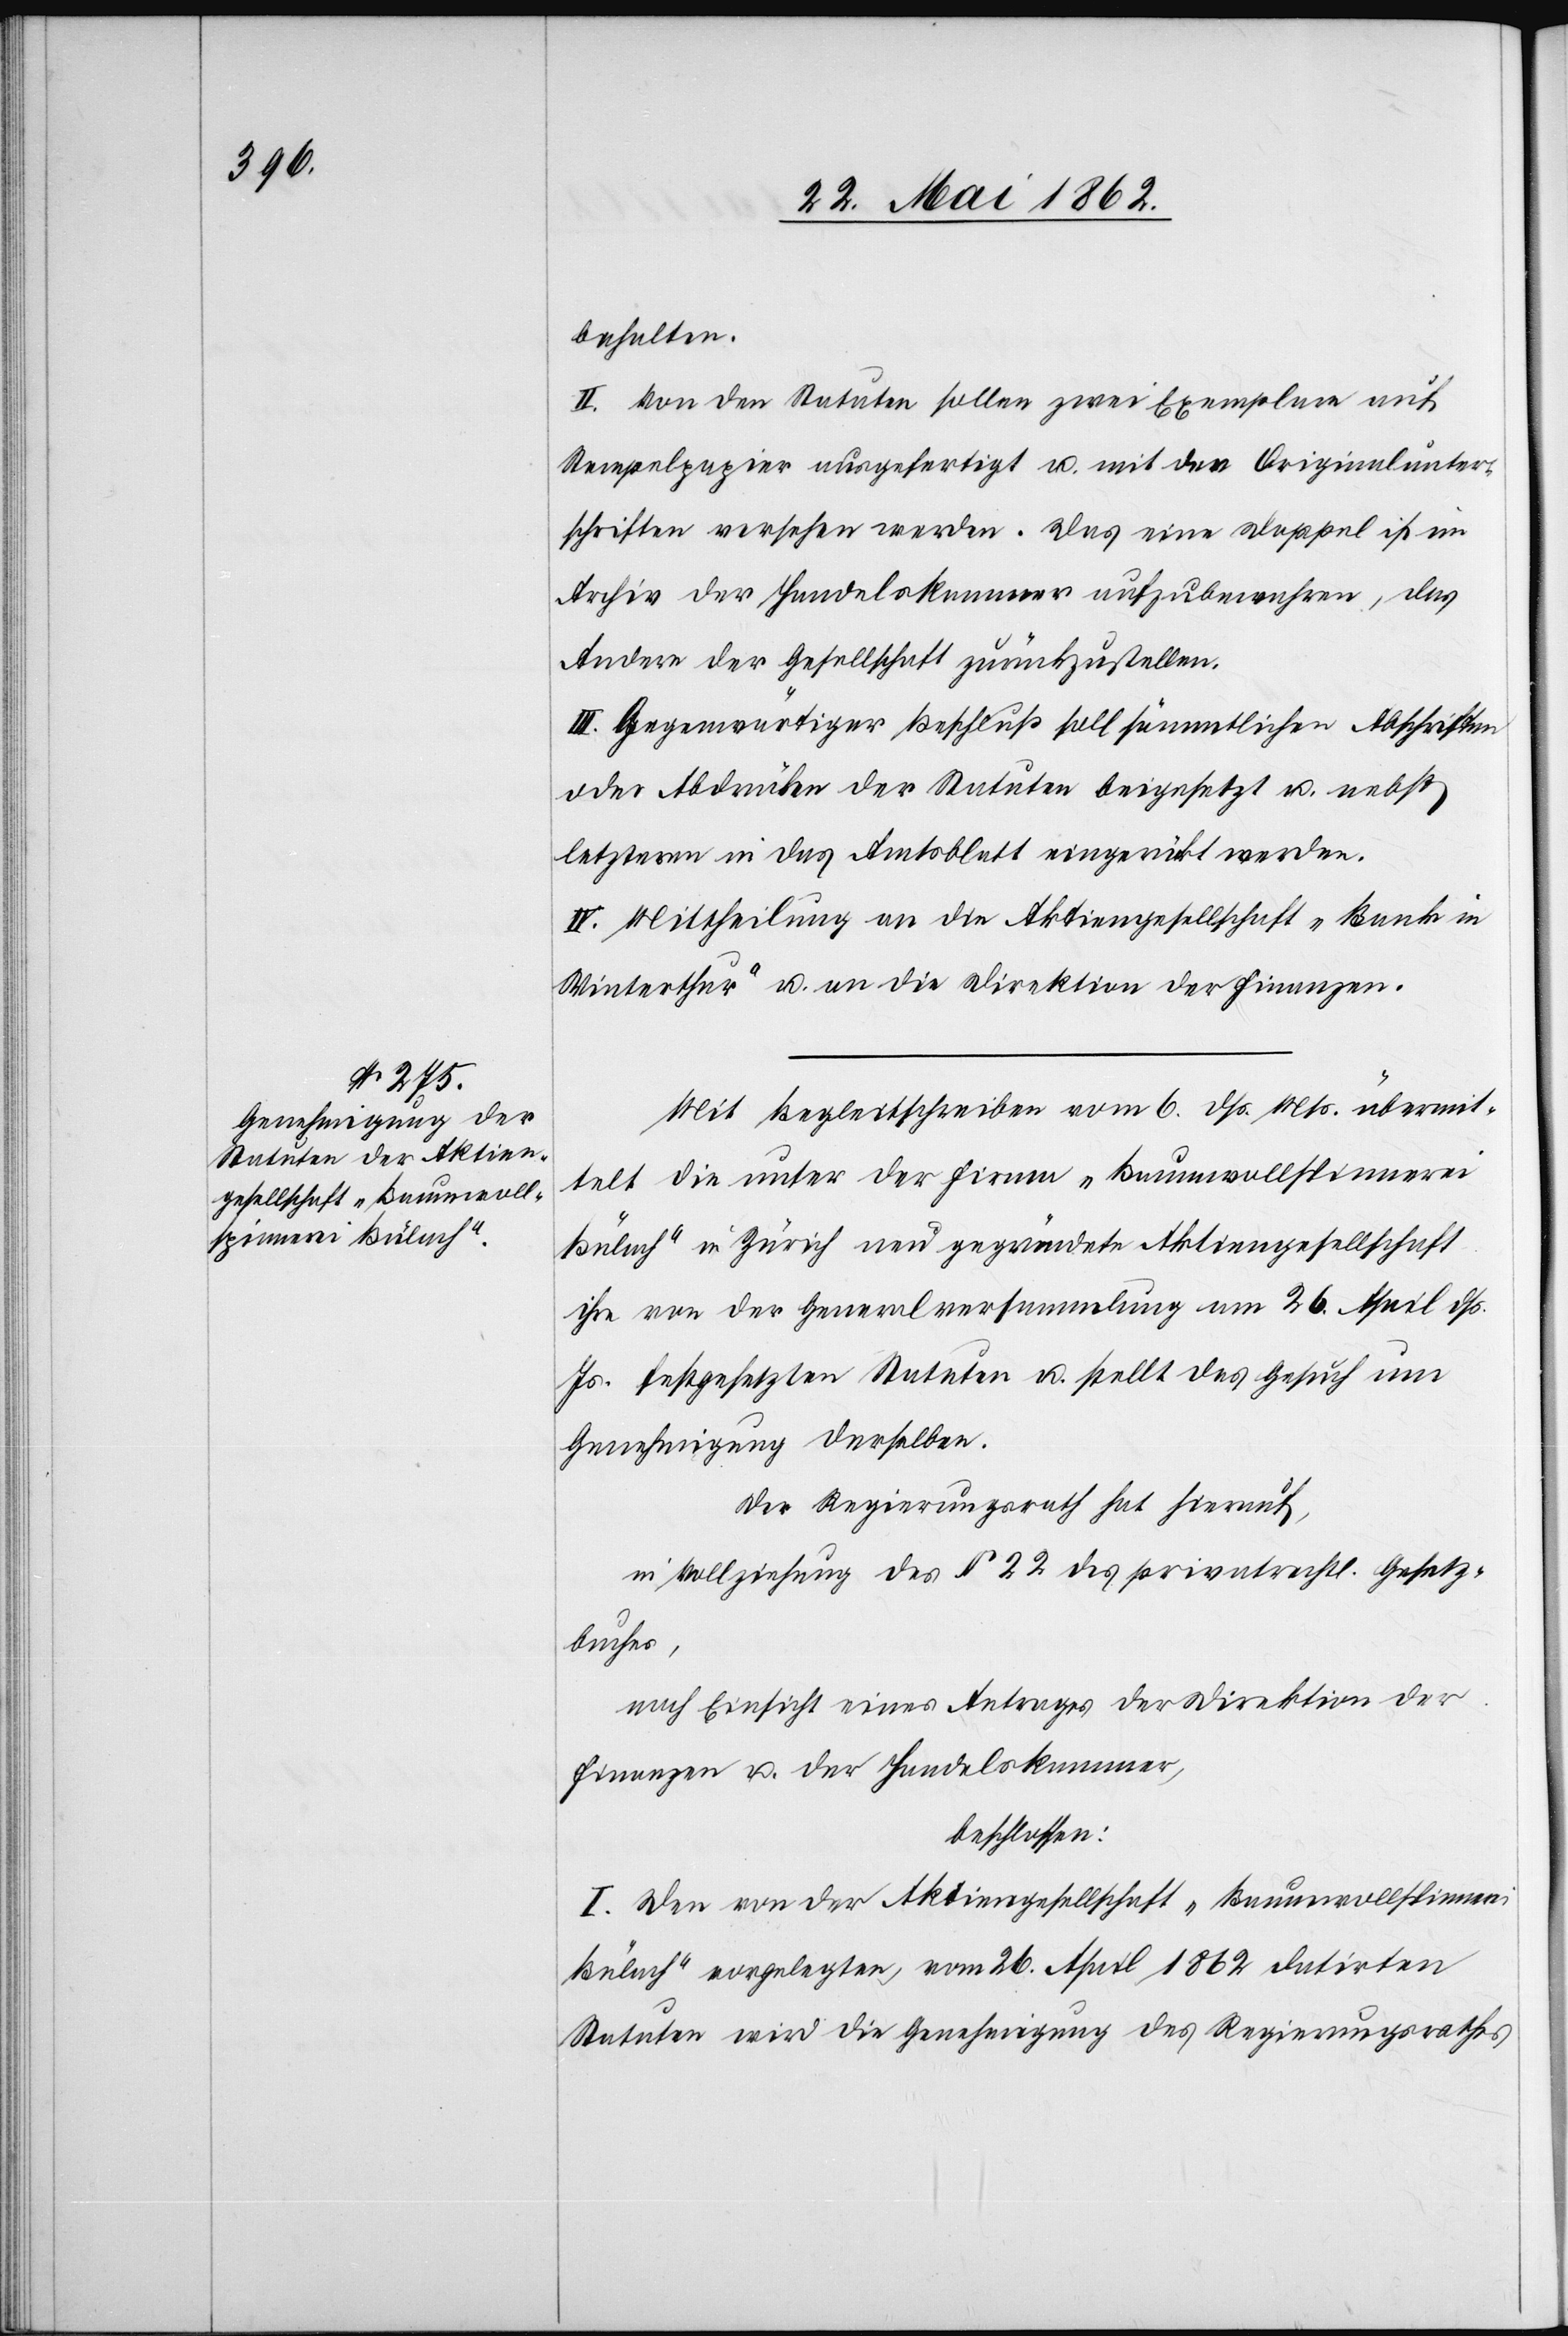
behalten.
II. Von den Statuten sollen zwei Exemplare auf
Stempelpapier ausgefertigt u. mit den Originalunter¬
schriften versehen werden. Das eine Doppel ist im
Archiv der Handelskammer aufzubewahren, das
Andere der Gesellschaft zurückzustellen.
III. Gegenwärtiger Beschluß soll sämmtlichen Abschriften
oder Abdrücken der Statuten beigesetzt u. nebst
letzteren in das Amtsblatt eingerückt werden.
IV. Mittheilung an die Aktiengesellschaft „Bank in
Winterthur“ u. an die Direktion der Finanzen.
Mit Kreisschreiben vom 6. dß. Mts. übermit¬
telt die unter der Firma „Baumwollspinnerei
Bülach“ in Zürich neu gegründete Aktiengesellschaft
ihre von der Generalversammlung am 26. April dß.
Js. festgesetzten Statuten u. stellt das Gesuch um
Genehmigung derselben.
Der Regierungsrath hat hierauf,
in Vollziehung des § 22 des privatrechtl. Gesetz¬
buches,
nach Einsicht eines Antrages der Direktion der
Finanzen u. der Handelskammer,
beschlossen.
I. Den von der Aktiengesellschaft „Baumwollspinnerei
Bülach“ vorgelegten, vom 26. April 1862 datirten
Statuten wird die Genehmigung des Regierungsrathes